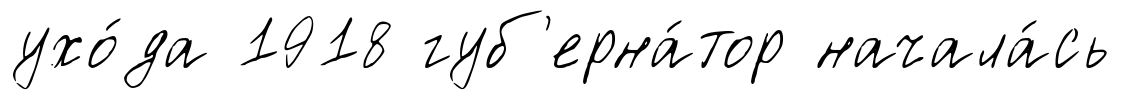
ухо́да 1918 губ'ерна́тор начала́сь